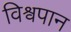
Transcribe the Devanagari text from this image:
विश्वपान